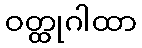
ဝတ္ထုဂါထာ